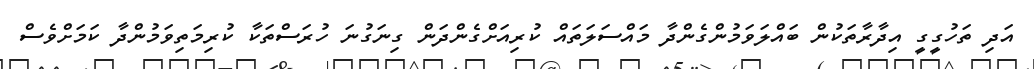
އަދި ތަހުގީގީ އިދާރާތަކުން ބައްލަވަމުންގެންދާ މައްސަލަތައް ކުރިއަށްގެންދަން ގިނަގުނަ ހުރަސްތަކާ ކުރިމަތިވަމުންދާ ކަމަށްވެސް